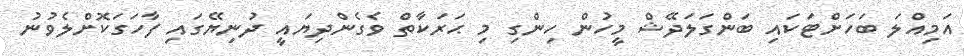
އަމިއްލަ ބަހަށްޓަކައި ބަންގަލަދޭޝް މީހުން ހިންގި މި ޙަރަކާތް ވެގެންދިޔައީ ދުނިޔޭގައި ފާހަގަކޮށްލެވުނު